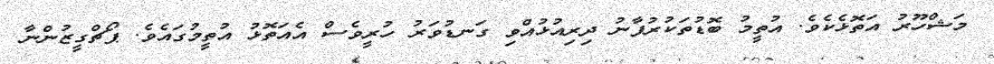
މަޝްހޫރު އަތޮޅެކެވެ. އުތީމު ބޮޑުތަކުރުފާނު ދިރިއުޅުއްވި ގަނޑުވަރު ހުރީވެސް އެއަތޮޅު އުތީމުގައެވެ. ޕޯޗްގީޒުންނާ